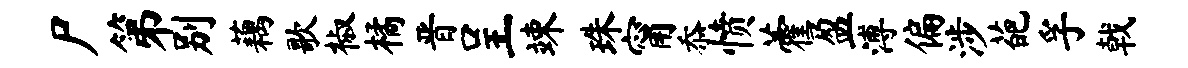
尸第别藕歌椒橘晋呈竦珠甯忝愤藿盈溥偏涉葩孚戟